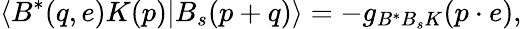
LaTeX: \langle B^{\ast}(q,e)K(p)|B_{s}(p+q)\rangle=-g_{B^{\ast}B_{s}K}(p\cdot e),